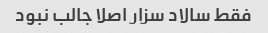
فقط سالاد سزار اصلا جالب نبود